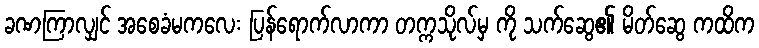
ခဏကြာလျှင် အစေခံမကလေး ပြန်ရောက်လာကာ တက္ကသိုလ်မှ ကို သက်ဆွေ၏ မိတ်ဆွေ ကထိက